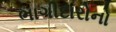
ભાગીદારોનો